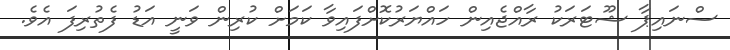
ސްނައިޕާ ޝޫޓަރަކު ރާއްޖެއިން ހައްޔަރުކޮށްފައިވާ ކަމަށް ކުރިން ވަނީ އަޑު ފެތުރިފަ އެވެ.